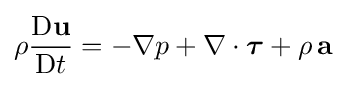
\rho {\frac {\mathrm {D} \mathbf {u} }{\mathrm {D} t}}=-\nabla p+\nabla \cdot {\boldsymbol {\tau }}+\rho \,\mathbf {a}